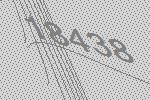
18438